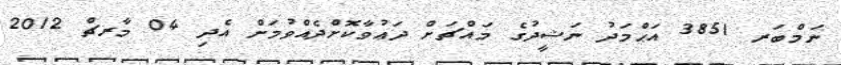
ނަމްބަރ 3851 އަޙްމަދު ނަޝީދުގެ މައްޗަށް ދަޢުވާކޮށްދެއްވުމަށް އެދި 04 މާރޗް 2012